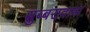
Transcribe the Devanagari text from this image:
सुब्बरावामा